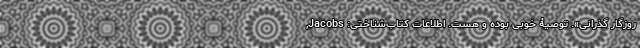
روزگار گذرانی». توصیۀ خوبی بوده و هست. اطلاعات کتاب‌شناختی: Jacobs,